65_HS1-834228961_62-HQ-83894_Section_5
Agency: FBI
Page 127
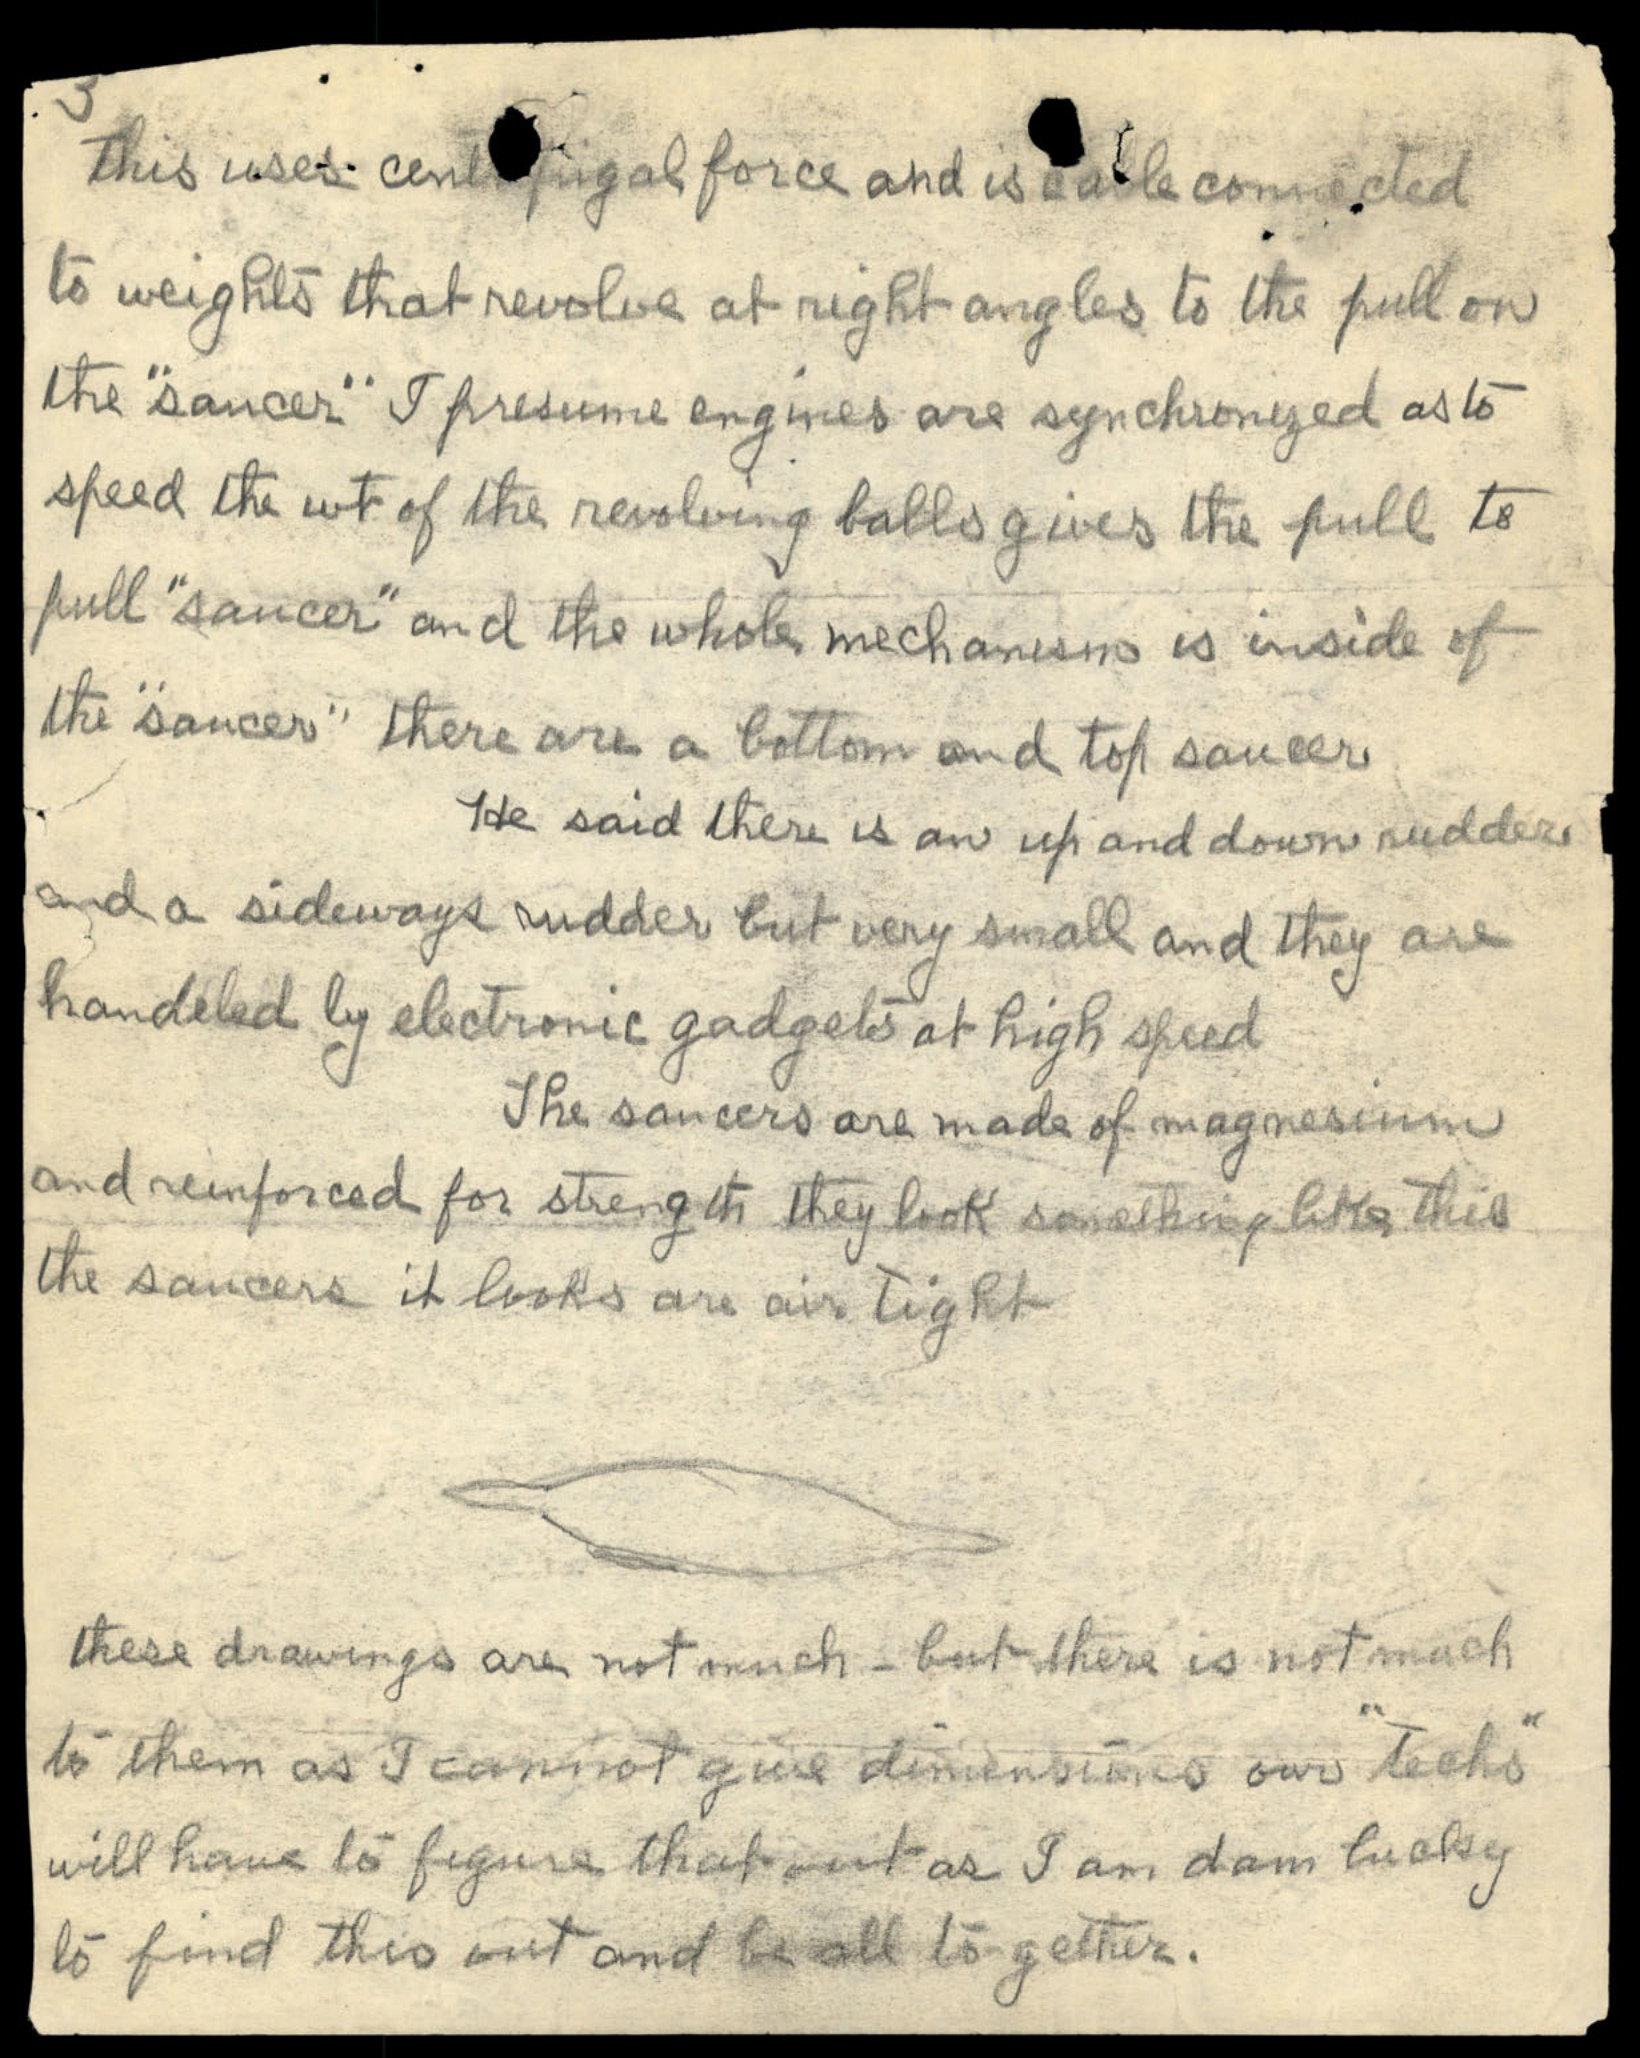